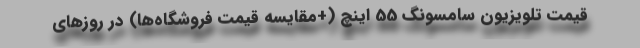
قیمت تلویزیون سامسونگ 55 اینچ (+مقایسه قیمت فروشگاه‌ها) در روزهای